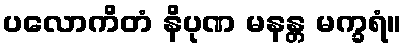
ပလောကိတံ နိပုဏ မနန္တ မက္ခရံ။